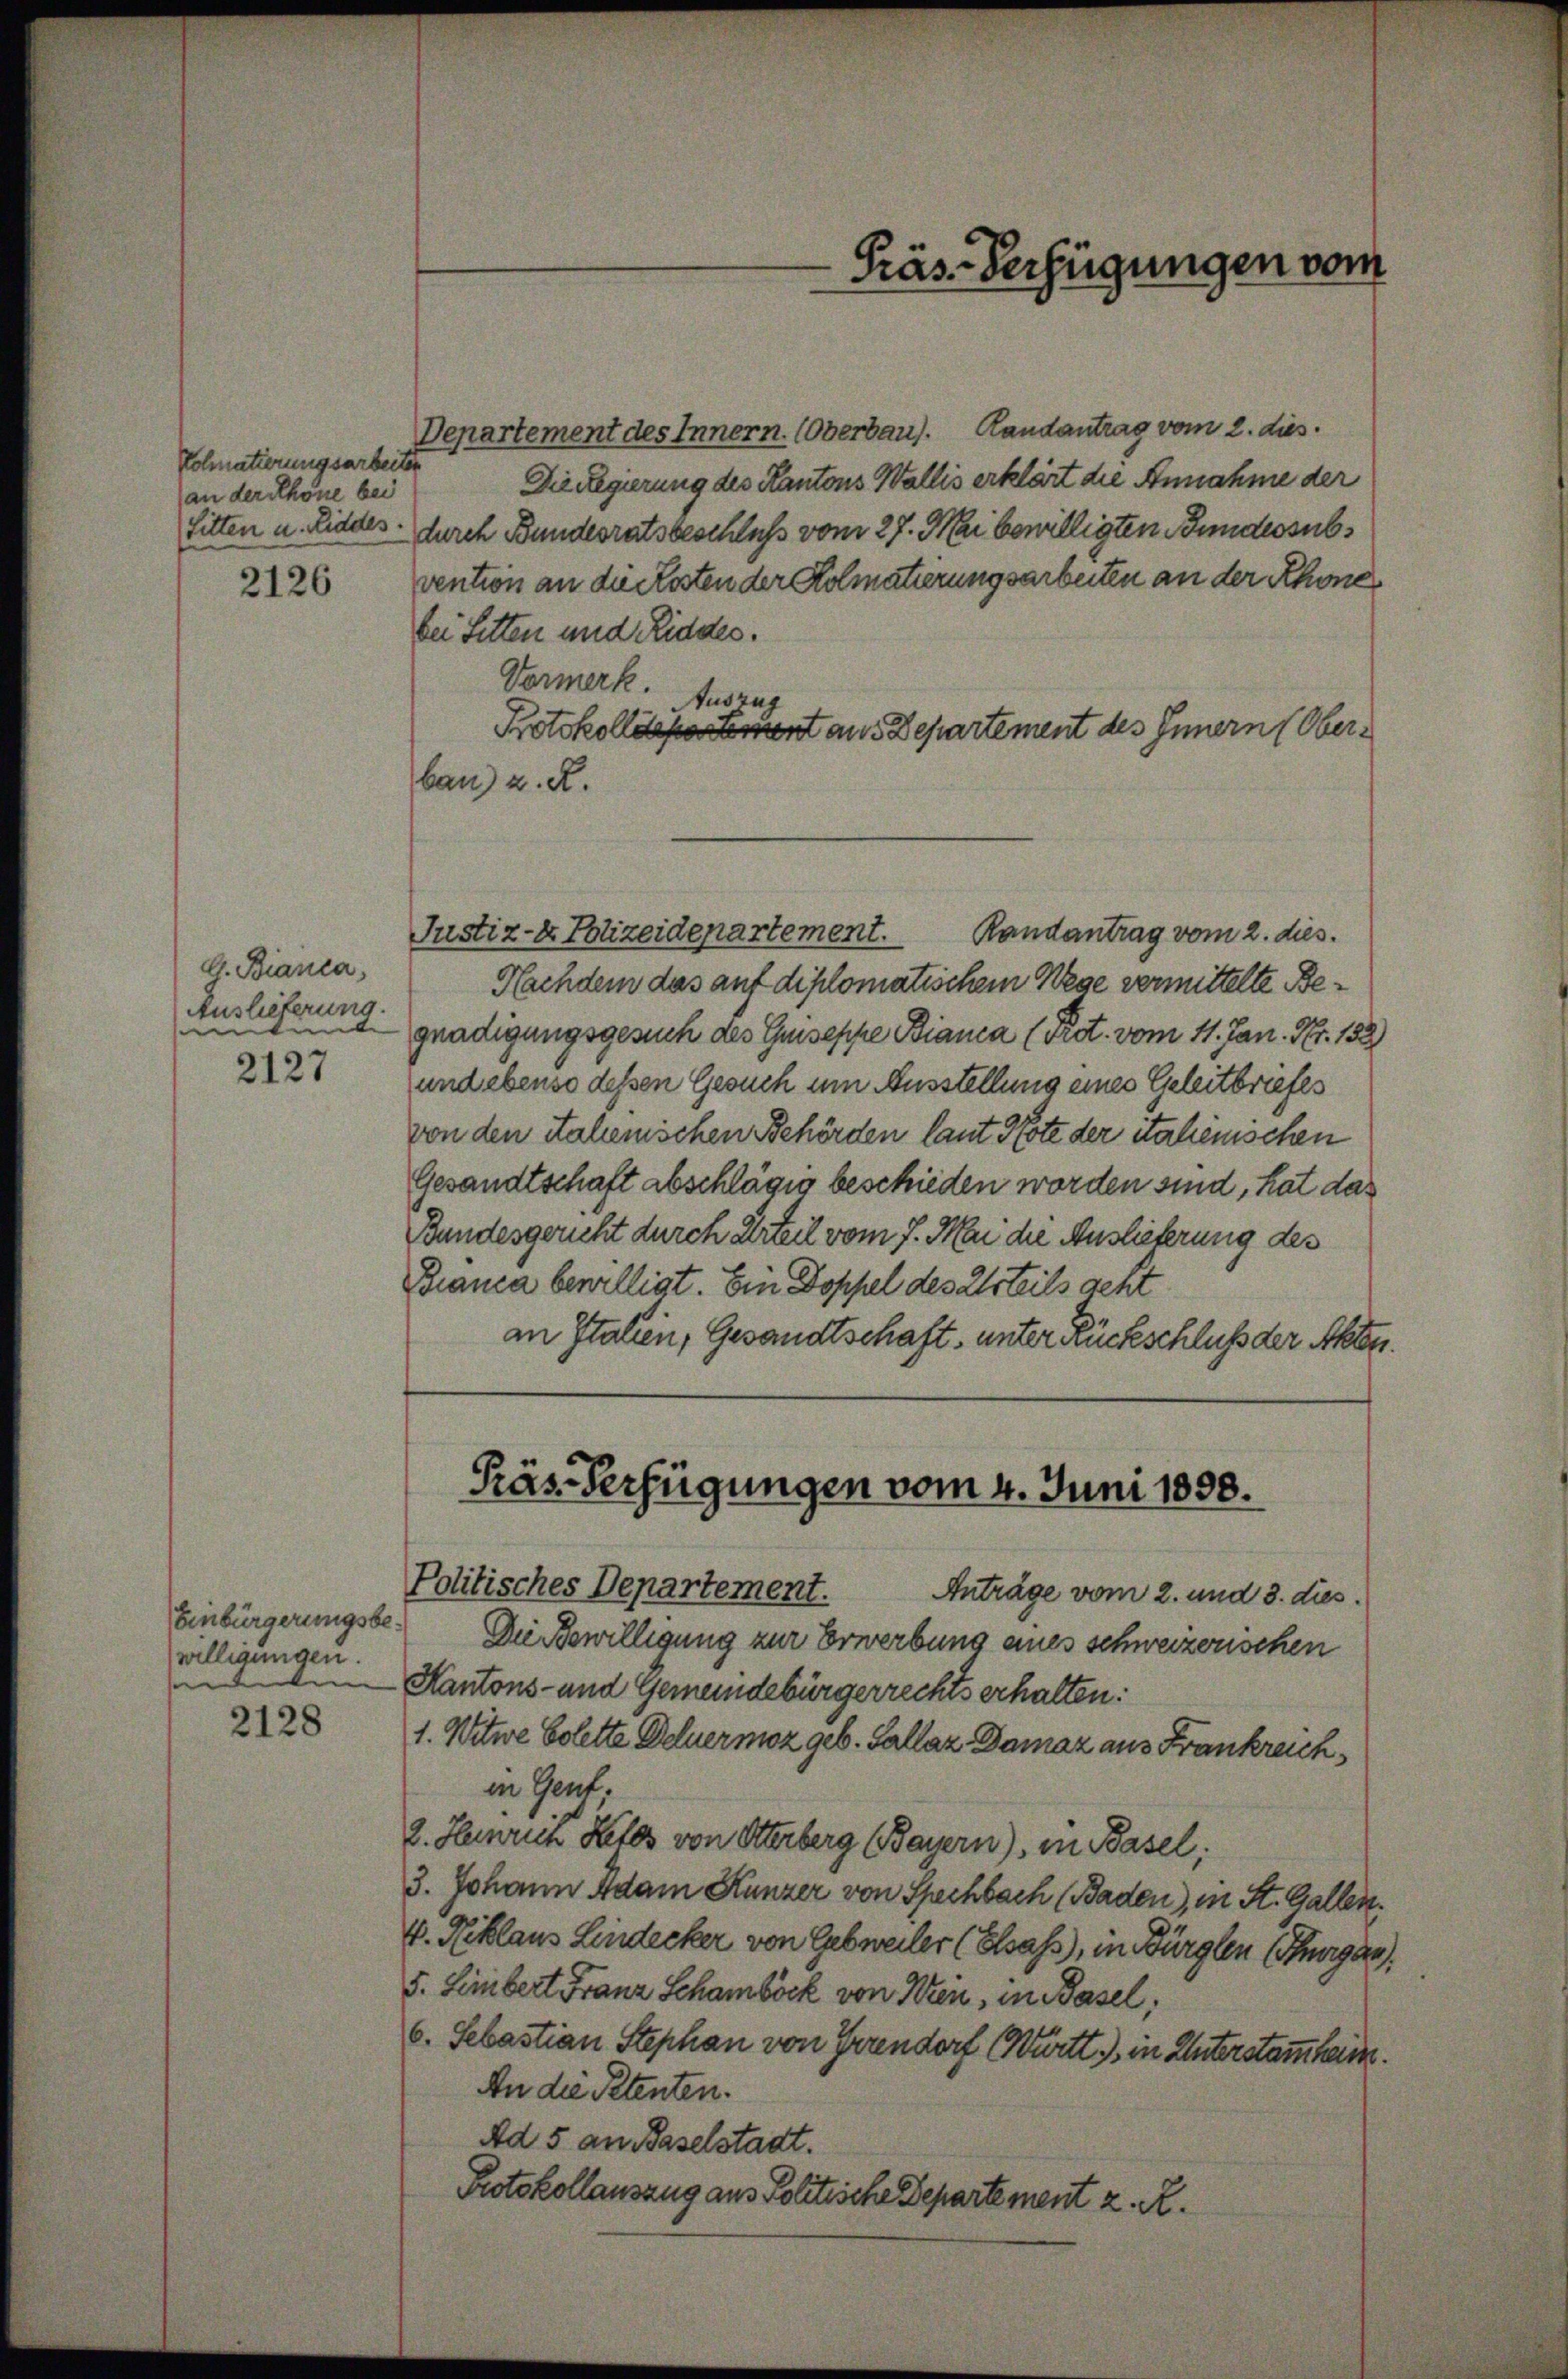
Kohnatierungsarbeite
(an der Schöne bei

2126

G. Bianca,
Auslieferung.
t
2127

Einbürgerungsbewilligungen.

2128

-Präs. Verfügungen vom

Departement des Innern. (Oberbau). Randantrag vom 2. dies
Die Regierung des Kantons Wallis erklärt die Annahme der
Sitten u. Liddes durch Bundesratsbeschluß vom 27. Mai bewilligten Bundessubvention an die Kosten der Kolmatierungsarbeiten an der Rhone
bei Fetten und Riddes.
Vormerk. Auszug
Protokolldepartement aus Departement des Innern (Oberban) u. R.
Justiz- & Polizeidepartement.
Randantrag vom 2. dies
Nachdem das auf diplomatischem Wege vermittelte Begnadigungsgesuch des Guiseppe Bianca (Pret. vom 11. Jan. Nr. 158)
und ebenso dessen Gesuch um Ausstellung eines Geleitbriefes
von den Salemischen Behörden laut Note der italienischen
Gesandtschaft abschlägig beschieden worden sind, hat das
Bundesgericht durch Urteil vom 7. Mai die Auslieferung des
Bianca bewilligt. Ein Doppel des Miteils geht
an Italien, Gesandtschaft, unter Rückschluß der Akten.

Präs-Verfügungen vom 4. Juni 1898.
Politisches Departement.
Anträge vom 2. und 3. dies

Die Bewilligung zur Erwerbung eines schweizerischen
Kantons- und Gemeindebürgerrechts erhalten:
1. Witwe Solette Deluermoz geb. Gallaz Damaz aus Frankreich,
in Gent:
2. Heinrich Retos von Otterberg (Bayern), in Basel;
3. Johann Adam Kunzer von Spechbach (Baden), in St. Gallen.
V. Niklaus Lindecker von Gebweiler (Elsass), in Bürglen Thurga
5. Lembert Franz Schamböck von Wien, in Basel,
6. Sebastian Stephan von Gruendorf Württ. in Unterstammheim.
An die Petenten.
Ad 5 an Baselstadt.
Protokollauszug aus Politische Departement z. R.